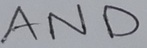
Text: AND